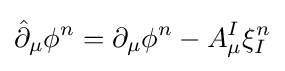
{\hat {\partial }}_{\mu }\phi ^{n}=\partial _{\mu }\phi ^{n}-A_{\mu }^{I}\xi _{I}^{n}